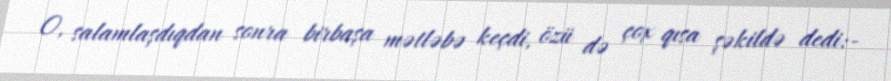
O, salamlaşdıqdan sonra birbaşa mətləbə keçdi, özü də çox qısa şəkildə dedi:-